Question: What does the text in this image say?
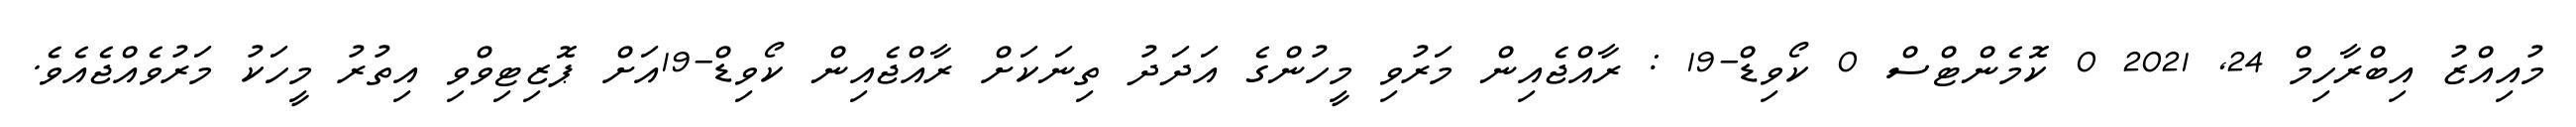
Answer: މުއިއްޒު އިބްރާހިމް 24, 2021 0 ކޮމެންޓްސް 0 ކޯވިޑް-19 : ރާއްޖެއިން މަރުވި މީހުންގެ އަދަދު ތިނަކަށް ރާއްޖެއިން ކޯވިޑް-19އަށް ޕޮޒިޓިވްވި އިތުރު މީހަކު މަރުވެއްޖެއެވެ.